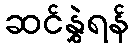
ဆင်နွှဲရန်